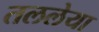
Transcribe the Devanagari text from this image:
तललेया